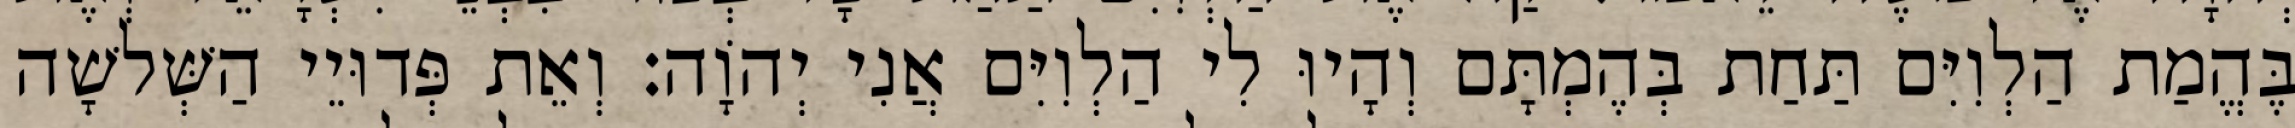
בֶּהֱמַת הַלְוִיִּם תַּחַת בְּהֶמְתָּם וְהָיוּ לִי הַלְוִיִּם אֲנִי יְהוָֹה׃ וְאֵת פְּדוּיֵי הַשְּׁלשָׁה